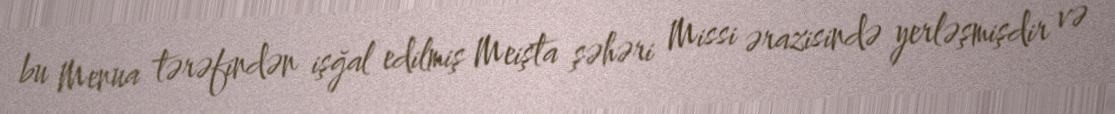
bu Menua tərəfindən işğal edilmiş Meişta şəhəri Missi ərazisində yerləşmişdir və